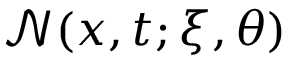
\mathcal { N } ( \boldsymbol { x } , t ; \boldsymbol { \xi } , \boldsymbol { \theta } )